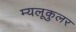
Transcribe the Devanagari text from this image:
म्यलूकुलर